Civil Veterinary Dept. Assam report 1911-1927 - 1911-1927
Year: 1911
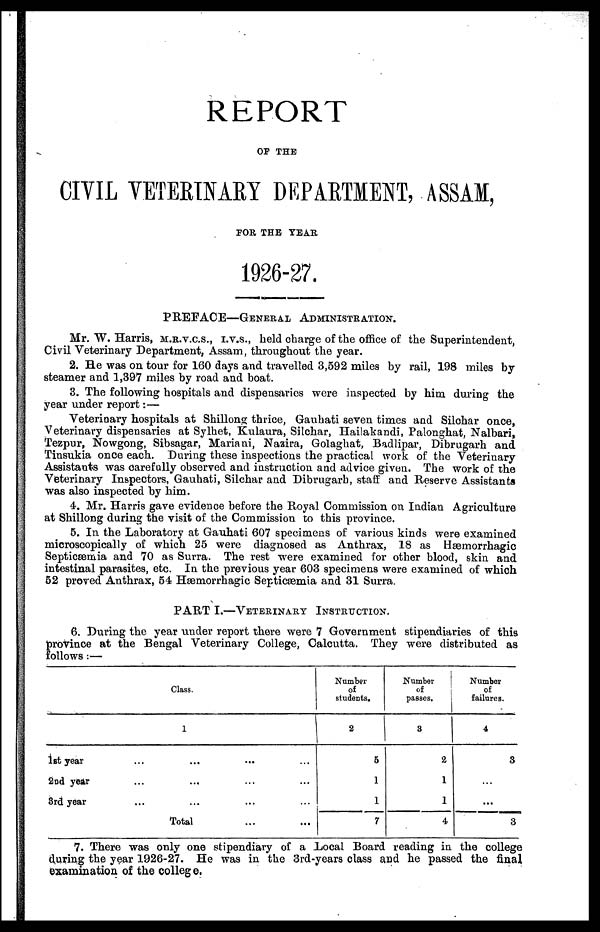
REPORT
OF THE
CIVIL VETERNARY DEPARTMENT, ASSAM,
FOR THE YEAR
1926-27.
PREFACE—GENERAL ADMINISTRATION.
Mr. W. Harris, M.R.V.C.S., I.V.S., held charge of the office of the Superintendent,
Civil Veterinary Department, Assam, throughout the year.
2. He was on tour for 160 days and travelled 3,592 miles by rail, 198 miles by
steamer and 1,397 miles by road and boat.
3. The following hospitals and dispensaries were inspected by him during the
year under report:—
Veterinary hospitals at Shillong thrice, Gauhati seven times and Silchar once,
Veterinary dispensaries at Sylhet, Kulaura, Silchar, Hailakandi, Palonghat, Nalbari,
Tezpur, Nowgong, Sibsagar, Mariani, Naaira, Golaghat, Badlipar, Dibrugarh and
Tinsukia once each. During these inspections the practical work of the Veterinary
Assistants was carefully observed and instruction and advice given. The work of the
Veterinary Inspectors, Gauhati, Silchar and Dibrugarh, staff and Reserve Assistants
was also inspected by him.
4. Mr. Harris gave evidence before the Royal Commission on Indian Agriculture
at Shillong during the visit of the Commission to this province.
5. In the Laboratory at Gauhati 607 specimens of various kinds were examined
microscopically of which 25 were diagnosed as Anthrax, 18 as Hæmorrhagic
Septicæmia and 70 as Surra. The rest were examined for other blood, skin and
intestinal parasites, etc. In the previous year 603 specimens were examined of which
52 proved Anthrax, 54 Hæmorrhagic Septicæmia and 31 Surra.
PART I.—VETERINARY INSTRUCTION.
6. During the year under report there were 7 Government stipendiaries of this
province at the Bengal Veterinary College, Calcutta. They were distributed as
follows :—
Class.
1
1st year ... ... ... ...
2nd year ... ... ... ...
3rd year ... ... ... ...
Total ... ...
Number
of
students.
2
5
1
1
7
Number
of
passes.
3
2
1
1
4
Number
of
failures.
4
3
...
...
3
7. There was only one stipendiary of a Local Board reading in the college
during the year 1926-27. He was in the 3rd-years class and he passed the final
examination of the college.